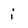
Character: i